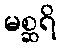
မစ္ဆရိ